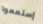
إستمعوا